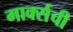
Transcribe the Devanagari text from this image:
मार्क्‍सची